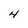
Character: 4